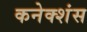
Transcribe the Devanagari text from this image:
कनेक्‍शंस